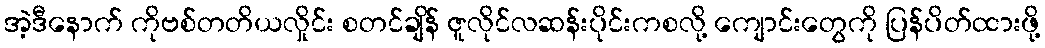
အဲ့ဒီနောက် ကိုဗစ်တတိယလှိုင်း စတင်ချိန် ဇူလိုင်လဆန်းပိုင်းကစလို့ ကျောင်းတွေကို ပြန်ပိတ်ထားဖို့